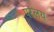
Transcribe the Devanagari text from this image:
परलय